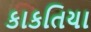
કાકતિયા